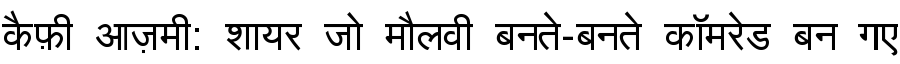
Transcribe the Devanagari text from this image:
कैफ़ी आज़मी: शायर जो मौलवी बनते-बनते कॉमरेड बन गए